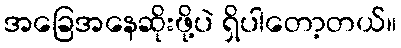
အခြေအနေဆိုးဖို့ပဲ ရှိပါတော့တယ်။